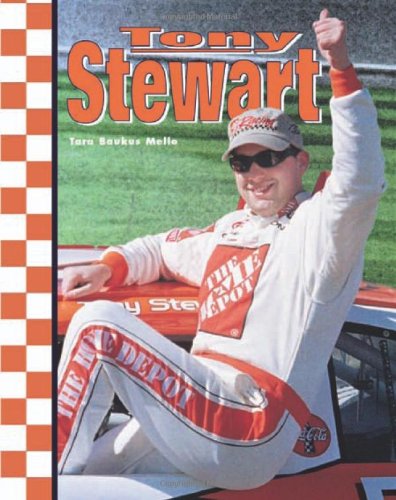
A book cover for Tony Stewart (Race Car Legends); Tara Baukus Mello; Teen & Young Adult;